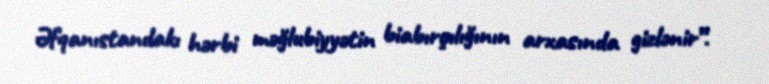
Əfqanıstandakı hərbi məğlubiyyətin biabırçılığının arxasında gizlənir”.